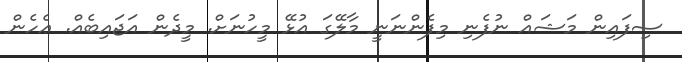
ސިފައިން މަޝައް ނުފެނި މިފެންނަނީ މާލޭގަ އުޅޭ މީހުނަށް. މީދެން އަޖައިބެއް. ޢެހެން